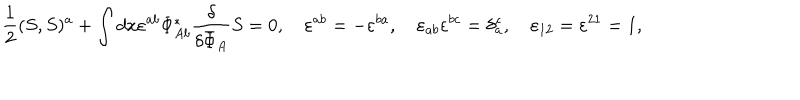
\frac { 1 } { 2 } ( S , S ) ^ { a } + \int d x \varepsilon ^ { a b } \Phi _ { A b } ^ { * } \frac { \delta } { \delta { \bar { \Phi } } _ { A } } S = 0 , \quad \varepsilon ^ { a b } = - \varepsilon ^ { b a } , \quad \varepsilon _ { a b } \varepsilon ^ { b c } = \delta _ { a } ^ { c } , \quad \varepsilon _ { 1 2 } = \varepsilon ^ { 2 1 } = 1 ,